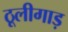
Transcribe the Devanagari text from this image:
ठूलीगाड़